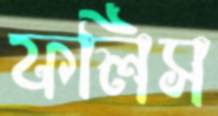
ফলিস